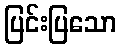
ပြင်းပြသော